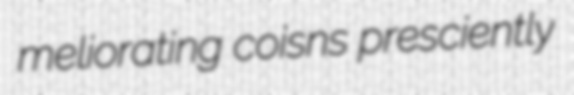
meliorating coisns presciently